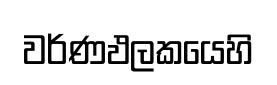
වර්ණඵලකයෙහි